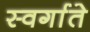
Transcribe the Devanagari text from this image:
स्वर्गाते